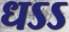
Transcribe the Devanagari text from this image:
धऽऽ